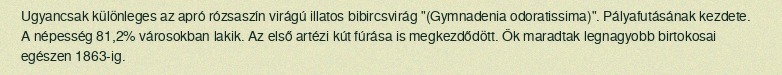
Ugyancsak különleges az apró rózsaszín virágú illatos bibircsvirág "(Gymnadenia odoratissima)". Pályafutásának kezdete. A népesség 81,2% városokban lakik. Az első artézi kút fúrása is megkezdődött. Ők maradtak legnagyobb birtokosai egészen 1863-ig.